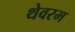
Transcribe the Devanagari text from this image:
थेवरम